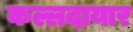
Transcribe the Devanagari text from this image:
कल्लदायार